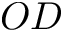
O D